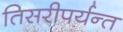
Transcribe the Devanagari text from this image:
तिसरीपर्यन्त